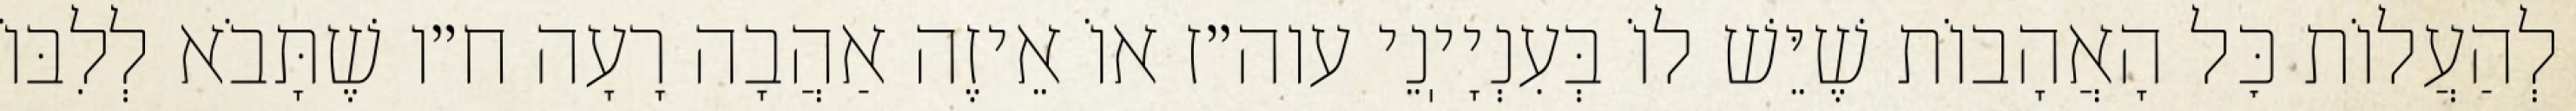
לְהַעֲלוֹת כׇּל הָאֲהָבוֹת שֶׁיֵּשׁ לוֹ בְּעִנְיָיֽנֵי עוה״ז אוֹ אֵיזֶה אַהֲבָה רָעָה ח״ו שֶׁתָּבֹא לְלִבּוֹ